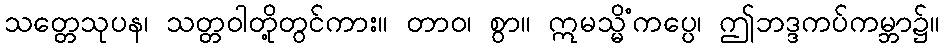
သတ္တေသုပန၊ သတ္တဝါတို့တွင်ကား။ တာဝ၊ စွာ။ ဣမသ္မိံကပ္ပေ၊ ဤဘဒ္ဒကပ်ကမ္ဘာ၌။